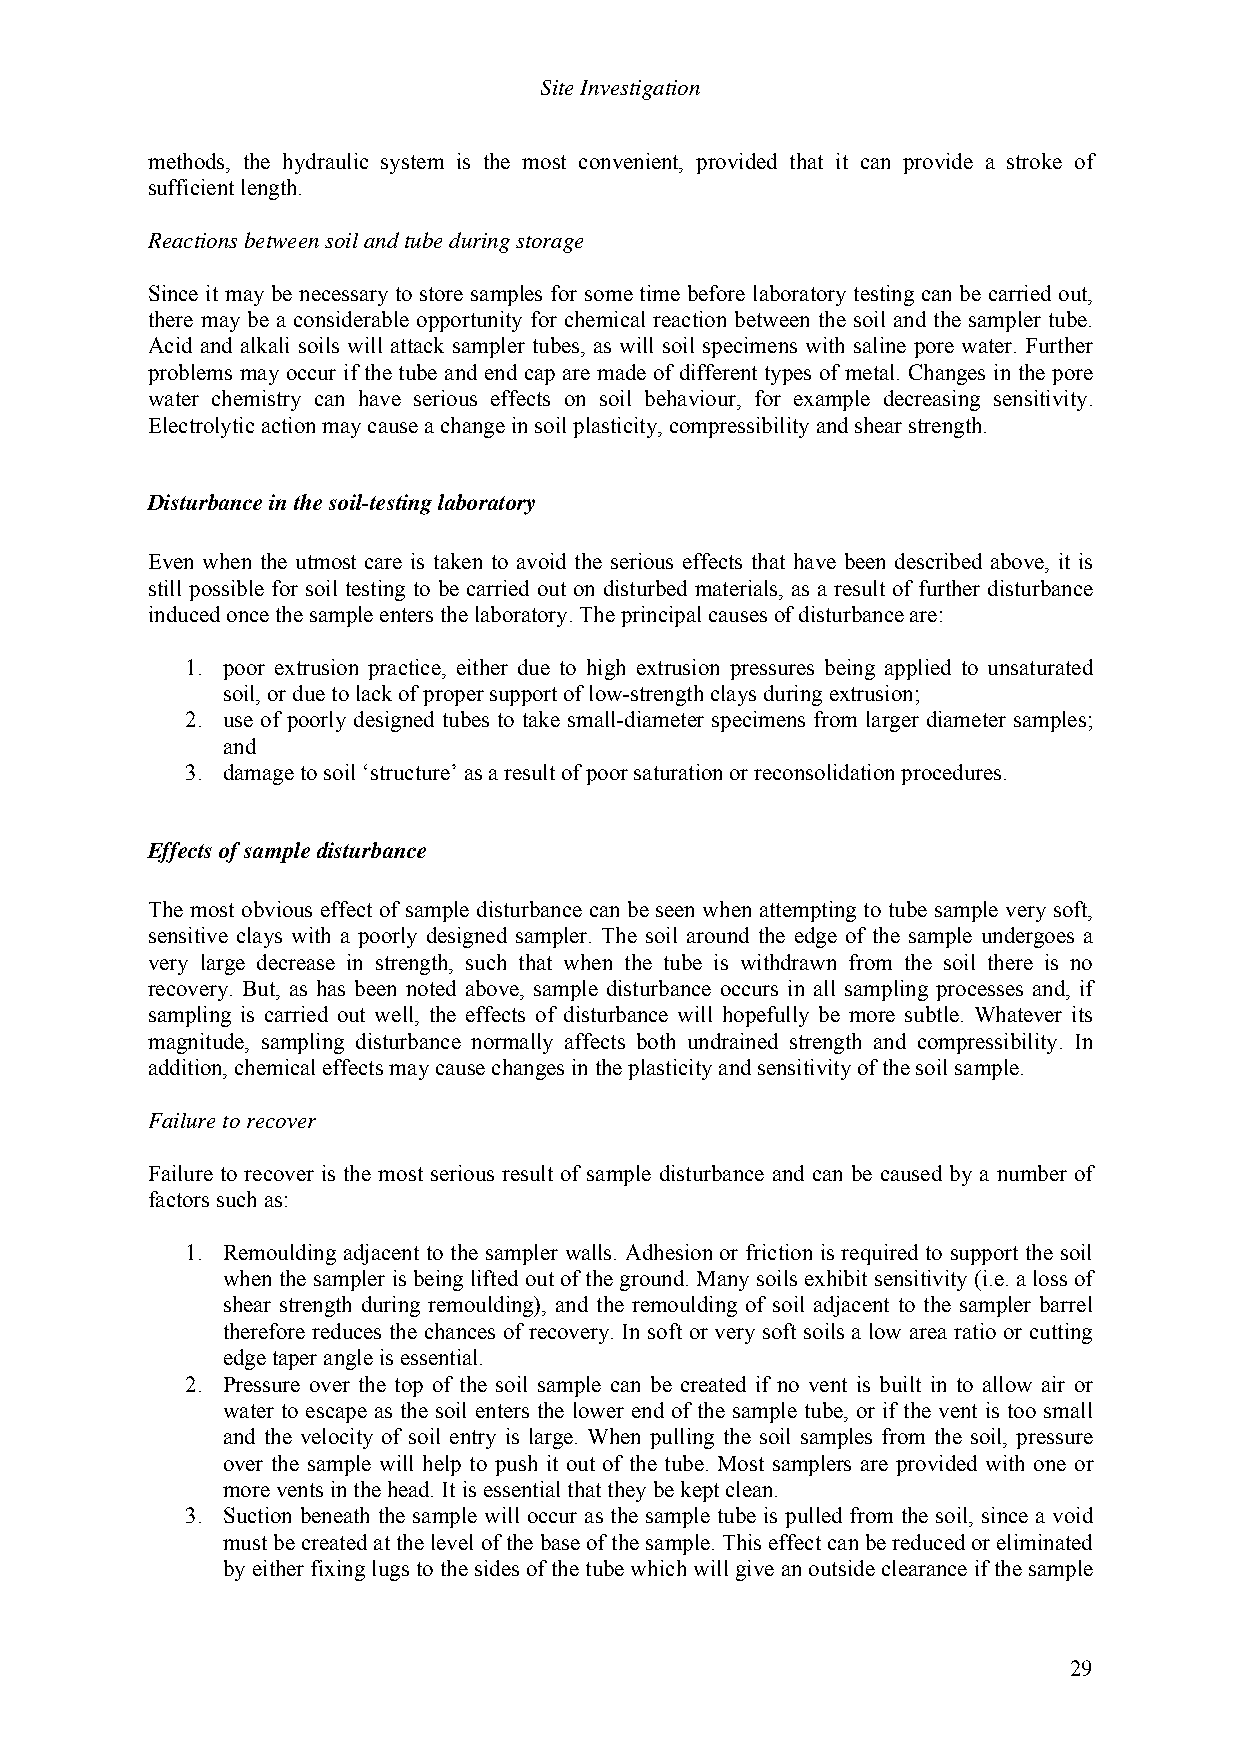
Site Investigation
 methods, the hydraulic system is the most convenient, provided that it can provide a stroke of
 sufficient length.
 Reactions between soil and tube during storage
 Since it may be necessary to store samples for some time before laboratory testing can be carried out,
 there may be a considerable opportunity for chemical reaction between the soil and the sampler tube.
 Acid and alkali soils will attack sampler tubes, as will soil specimens with saline pore water. Further
 problems may occur if the tube and end cap are made of different types of metal. Changes in the pore
 water chemistry can have serious effects on soil behaviour, for example decreasing sensitivity.
 Electrolytic action may cause a change in soil plasticity, compressibility and shear strength.
 Disturbance in the soil-testing laboratory
 Even when the utmost care is taken to avoid the serious effects that have been described above, it is
 still possible for soil testing to be carried out on disturbed materials, as a result of further disturbance
 induced once the sample enters the laboratory. The principal causes of disturbance are:
 1. poor extrusion practice, either due to high extrusion pressures being applied to unsaturated
 soil, or due to lack of proper support of low-strength clays during extrusion;
 2. use of poorly designed tubes to take small-diameter specimens from larger diameter samples;
 and
 3. damage to soil ‘structure’ as a result of poor saturation or reconsolidation procedures.
 Effects of sample disturbance
 The most obvious effect of sample disturbance can be seen when attempting to tube sample very soft,
 sensitive clays with a poorly designed sampler. The soil around the edge of the sample undergoes a
 very large decrease in strength, such that when the tube is withdrawn from the soil there is no
 recovery. But, as has been noted above, sample disturbance occurs in all sampling processes and, if
 sampling is carried out well, the effects of disturbance will hopefully be more subtle. Whatever its
 magnitude, sampling disturbance normally affects both undrained strength and compressibility. In
 addition, chemical effects may cause changes in the plasticity and sensitivity of the soil sample.
 Failure to recover
 Failure to recover is the most serious result of sample disturbance and can be caused by a number of
 factors such as:
 1. Remoulding adjacent to the sampler walls. Adhesion or friction is required to support the soil
 when the sampler is being lifted out of the ground. Many soils exhibit sensitivity (i.e. a loss of
 shear strength during remoulding), and the remoulding of soil adjacent to the sampler barrel
 therefore reduces the chances of recovery. In soft or very soft soils a low area ratio or cutting
 edge taper angle is essential.
 2. Pressure over the top of the soil sample can be created if no vent is built in to allow air or
 water to escape as the soil enters the lower end of the sample tube, or if the vent is too small
 and the velocity of soil entry is large. When pulling the soil samples from the soil, pressure
 over the sample will help to push it out of the tube. Most samplers are provided with one or
 more vents in the head. It is essential that they be kept clean.
 3. Suction beneath the sample will occur as the sample tube is pulled from the soil, since a void
 must be created at the level of the base of the sample. This effect can be reduced or eliminated
 by either fixing lugs to the sides of the tube which will give an outside clearance if the sample
 29